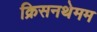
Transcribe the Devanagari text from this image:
क्रिसनथेमम